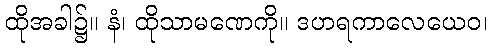
ထိုအခါ၌။ နံ၊ ထိုသာမဏေကို။ ဒဟရကာလေယေဝ၊